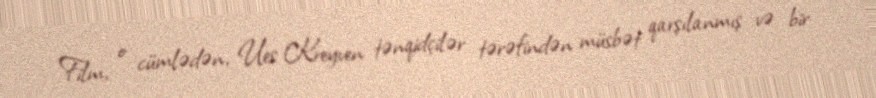
Film, o cümlədən, Ues Kreyven tənqidçilər tərəfindən müsbət qarşılanmış və bir